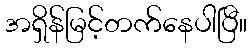
အရှိန်မြင့်တက်နေပါပြီ။